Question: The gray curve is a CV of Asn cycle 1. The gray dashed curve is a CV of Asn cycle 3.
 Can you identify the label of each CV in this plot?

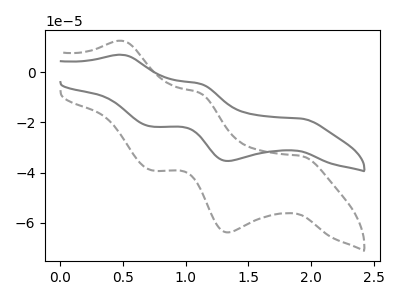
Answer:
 <answer>The gray curve is labeled "Asn cycle 1". The gray dashed curve is labeled "Asn cycle 3".</answer>
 <eval></eval>